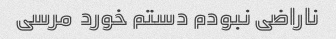
ناراضی نبودم دستم خورد  مرسی